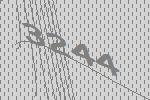
3244